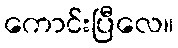
ကောင်းပြီလေ။